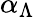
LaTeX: \alpha_{\Lambda}